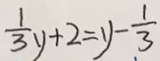
\frac { 1 } { 3 } y + 2 = 1 - \frac { 1 } { 3 }